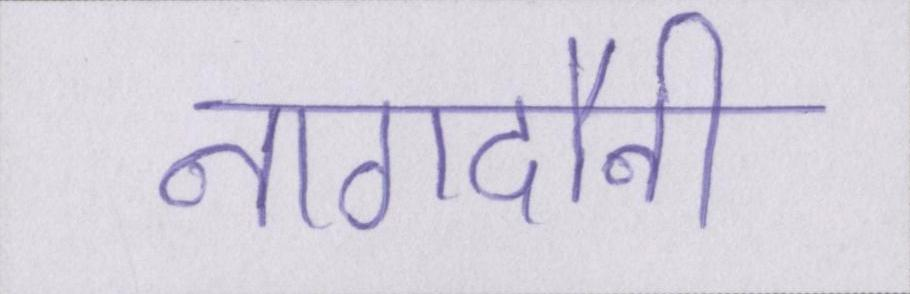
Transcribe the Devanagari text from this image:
नागदौनी